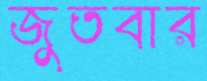
জুতবার